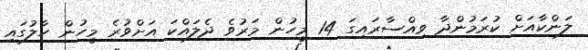
ލަންކާއަށް ކުރަމުންދާ ވިއްސާރައިގަ 14 މީހުން މަރުވެ ދެލައްކަ އަށްވުރެ މީހުން ހާލުގައި